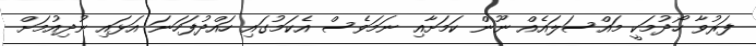
ފަރުވާ ހޯދުމަކީ މައްސަލައެއް ނޫން ކަމަށާއި ނަމަވެސް އެކަމުގައި ހައްދުފަހަނަ އަޅައި ނުދިއުމަށް